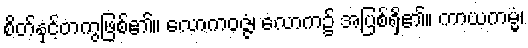
စိတ်နှင့်တကွဖြစ်၏။ လောကဝဇ္ဇံ၊ လောက၌ အပြစ်ရှိ၏။ ကာယကမ္မံ၊